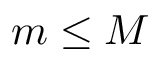
m \leq M